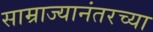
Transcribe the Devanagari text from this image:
साम्राज्यानंतरच्या